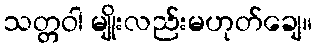
သတ္တဝါ မျိုးလည်းမဟုတ်ချေ။